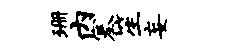
珊内塞笙妄